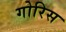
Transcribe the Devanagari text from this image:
गोरिस